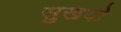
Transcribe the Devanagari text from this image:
सुखदो